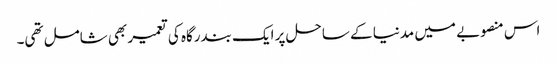
اس منصوبے میں مدنیا کے ساحل پر ایک بندرگاہ کی تعمیر بھی شامل تھی۔